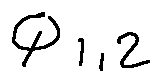
\phi _ { 1 , 2 }